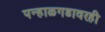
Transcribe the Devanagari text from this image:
पन्हाळगडावरही